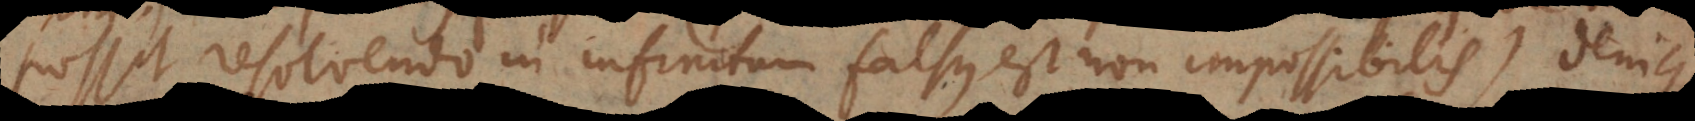
possit resolvendo in infinitum falsus est, non impossibilis). Denique